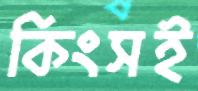
কিংসই